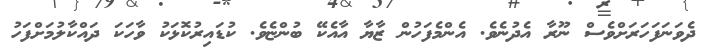
ދެވަނަފަހަރަށްވެސް ނޫރާ އެދުނެވެ. އެންމެފަހުން ޒާޔާ އާއެކޭ ބުންޏެވެ. ކުޑައިރުކޮޅަކު ވާހަކަ ދައްކާލުމަށްފަހު